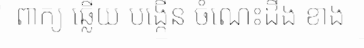
ពាក្យ ឆ្លើយ បង្កើន ចំណេះដឹង ខាង